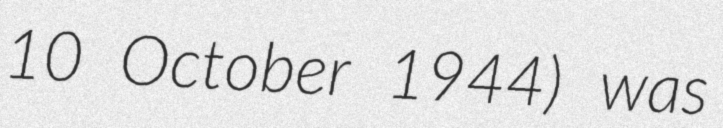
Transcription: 10 October 1944) was